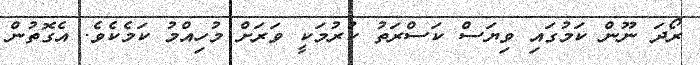
ރޯދަ ނޫން ކަމުގައި ވިޔަސް ކަސްރަތު ކުރުމަކީ ވަރަށް މުހިއްމު ކަމެކެވެ. އެގޮތުން